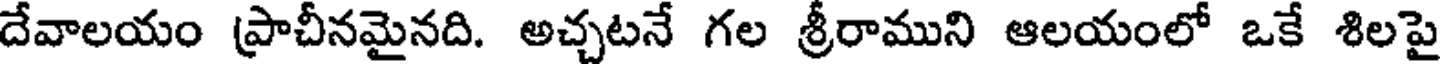
దేవాలయం ప్రాచీనమైనది. అచ్చటనే గల శ్రీరాముని ఆలయంలో ఒకే శిలపై